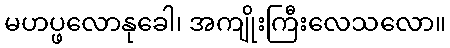
မဟပ္ဖလောနုခေါ၊ အကျိုးကြီးလေသလော။